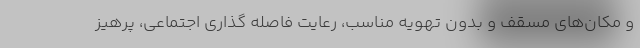
و مکان‌های مسقف و بدون تهویه مناسب، رعایت فاصله گذاری اجتماعی، پرهیز